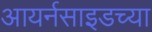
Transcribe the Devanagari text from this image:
आयर्नसाइडच्या